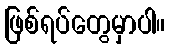
ဖြစ်ရပ်တွေမှာပါ။